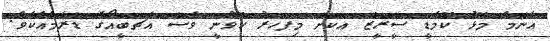
އެންމެ މޮޅު ކޮމެޑީ ސީރީޒް އަކަށް މިފަހަރު ހޮވުނީ ވެސް އެޗްބީއޯގެ ޑްރާމާއެކެވެ.